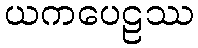
ယကပေဠဿ